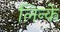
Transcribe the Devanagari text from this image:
लिन्के